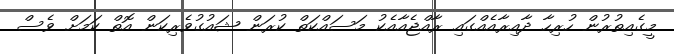
މީގެއިތުރުން ހުރިހާ ދާއިރާއެއްގައި ރާއްޖެއާއެކު މަސައްކަތް ކުރަން ޝައުގުވެރިކަން އޮތް ކަމަށް ވެސް